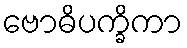
ဗောဓိပက္ခိကာ